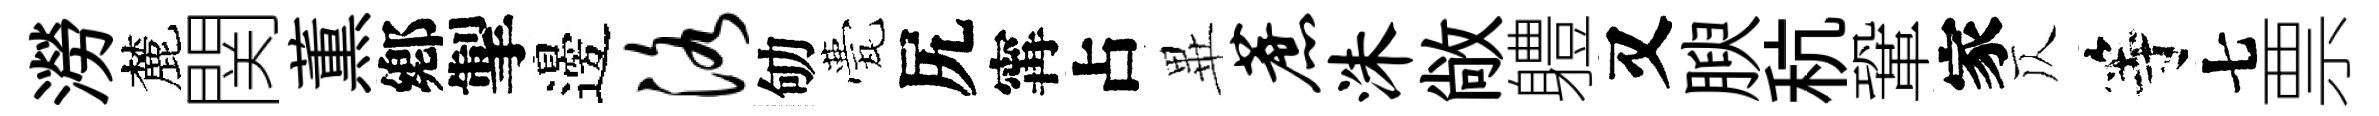
澇麓関薫鄕掣邊洛劬甍尻𡩋占𭺾蔗洙敞軆又腴秔鞏家仄等七票